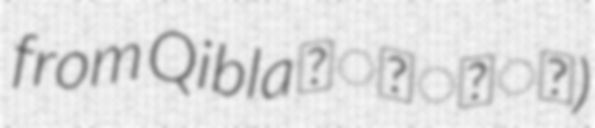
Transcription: from Qibla قِبْلَة)